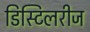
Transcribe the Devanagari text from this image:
डिस्टिलरीज